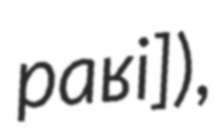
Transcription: paʁi]),